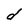
Character: d